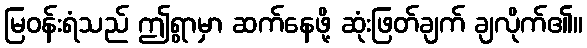
မြဝန်းရံသည် ဤရွာမှာ ဆက်နေဖို့ ဆုံးဖြတ်ချက် ချလိုက်၏။